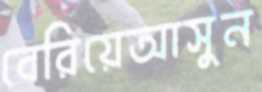
বেরিয়েআসুন